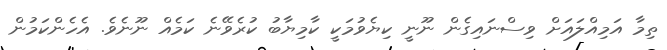
ތިމާ އަމިއްލައަށް ވިސްނައިގެން ނޫނީ ކިޔެވުމަކީ ކާމިޔާބު ކުރެވޭނެ ކަމެއް ނޫނެވެ. އެހެންކަމުން